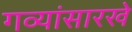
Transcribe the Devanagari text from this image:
गव्यांसारखे